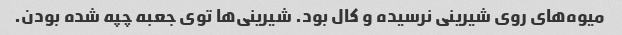
میوه‌های روی شیرینی نرسیده و کال بود. شیرینی‌ها توی جعبه چپه شده بودن.